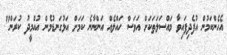
އެހެންކަމުން އުފެދިފައިވާ މައްސަލަތަކަށް އަވަސް ހައްލެއް އަންނާނެ ކަމަށް އަޅުގަނޑުމެން އުއްމީދު ކުރަން"